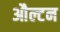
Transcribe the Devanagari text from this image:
औल्टन